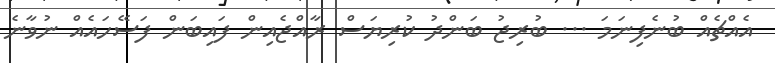
އެއްޗެއް ބުނެފިނަމަ ... ބުރިޖު ބަންދު ކުރިޔަސް ރާއްޖެއިން ފައިބަން ފަސޭހައެއް ނުވާނެ